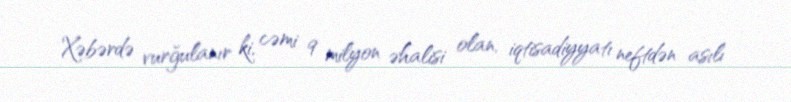
Xəbərdə vurğulanır ki, cəmi 9 milyon əhalisi olan, iqtisadiyyatı neftdən asılı